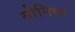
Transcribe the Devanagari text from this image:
तोनिषा